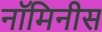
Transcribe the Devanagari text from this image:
नॉमिनीस